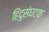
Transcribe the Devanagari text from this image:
हिंदुसंघटक